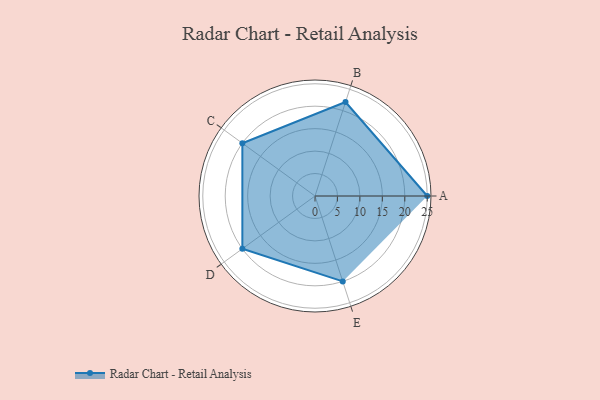
{"axis": {"x": "Skill", "y": "Score"}, "legend": ["Profile"], "data": [{"x": "A", "y": 25.0, "type": "Profile"}, {"x": "B", "y": 22.0, "type": "Profile"}, {"x": "C", "y": 20, "type": "Profile"}, {"x": "D", "y": 20, "type": "Profile"}, {"x": "E", "y": 20, "type": "Profile"}]}